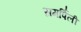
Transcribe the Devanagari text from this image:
समर्पिली